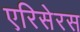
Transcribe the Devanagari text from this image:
एरिसेरस